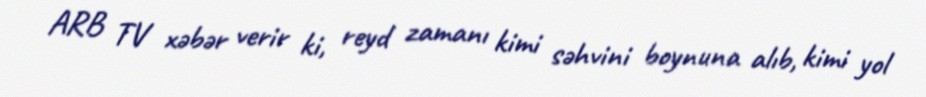
ARB TV xəbər verir ki, reyd zamanı kimi səhvini boynuna alıb, kimi yol